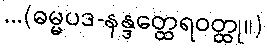
...(ဓမ္မပဒ-နန္ဒတ္ထေရဝတ္ထု။)